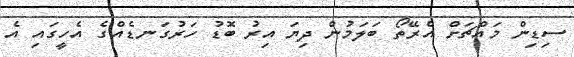
ސިޑިން މައްޗަށް އެރޭތޯ ބަލަމުން ދިޔަ އިރު ބޮޑު ހަރުގަނޑެއްގެ އެހީގައި އެ